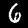
Digit: 6